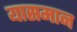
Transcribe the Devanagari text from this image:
यासमान